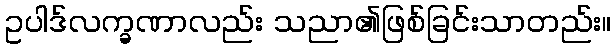
ဥပါဒ်လက္ခဏာလည်း သညာ၏ဖြစ်ခြင်းသာတည်း။